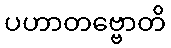
ပဟာတဗ္ဗောတိ